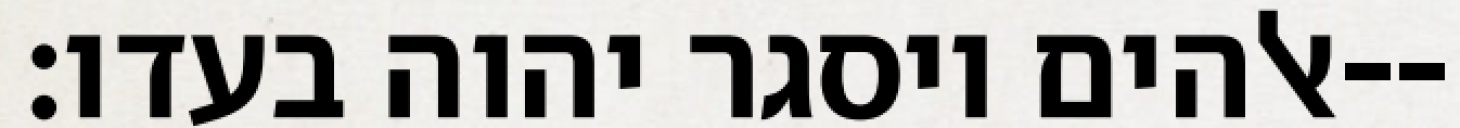
אלהים ויסגר יהוה בעדו׃--